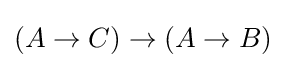
(A\to C)\to (A\to B)